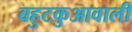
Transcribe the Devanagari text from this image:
बहुटकुआवाली